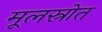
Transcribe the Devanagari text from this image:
मूलस्रोत